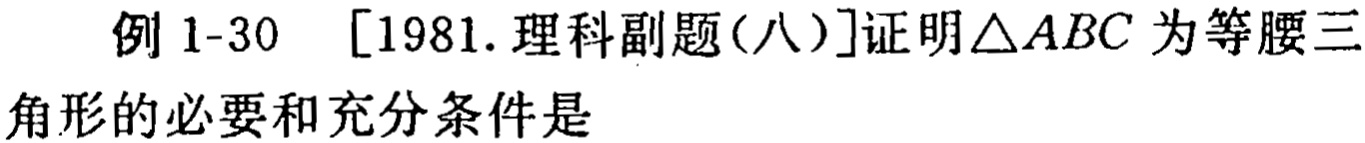
例 1-30 [1981. 理科副题(八)]证明\(\triangle ABC\)为等腰三角形的必要和充分条件是